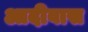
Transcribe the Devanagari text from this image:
आदीवास